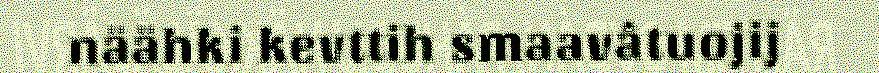
näähki kevttih smaavâtuojij